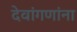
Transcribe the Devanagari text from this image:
देवांगणांना